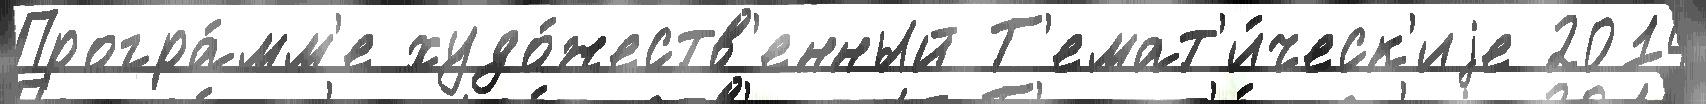
Програ́мм'е худо́жеств'енный Т'емат'и́ческ'иjе 2014